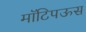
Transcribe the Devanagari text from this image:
मॉटिपऊस